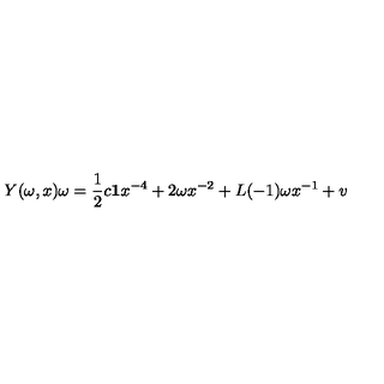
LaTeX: Y ( \omega , x ) \omega = { \frac { 1 } { 2 } } c { \bf 1 } x ^ { - 4 } + 2 \omega x ^ { - 2 } + L ( - 1 ) \omega x ^ { - 1 } + v